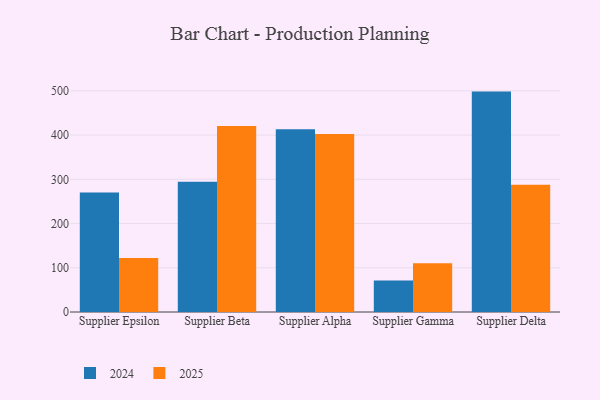
{"axis": {"x": "Supplier", "y": "Production Output"}, "legend": ["2024", "2025"], "data": [{"x": "Supplier Epsilon", "y": 270.4, "type": "2024"}, {"x": "Supplier Epsilon", "y": 122.1, "type": "2025"}, {"x": "Supplier Beta", "y": 294.3, "type": "2024"}, {"x": "Supplier Beta", "y": 420.3, "type": "2025"}, {"x": "Supplier Alpha", "y": 412.9, "type": "2024"}, {"x": "Supplier Alpha", "y": 402.7, "type": "2025"}, {"x": "Supplier Gamma", "y": 71.5, "type": "2024"}, {"x": "Supplier Gamma", "y": 110.0, "type": "2025"}, {"x": "Supplier Delta", "y": 498.3, "type": "2024"}, {"x": "Supplier Delta", "y": 287.5, "type": "2025"}]}